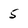
Character: 5